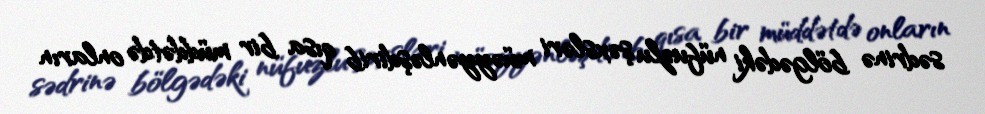
sədrinə bölgədəki nüfuzlu şəxsləri müəyyənləşdirib qısa bir müddətdə onların